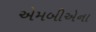
એમબીએના